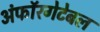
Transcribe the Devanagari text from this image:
अंफॉरगेटेबल